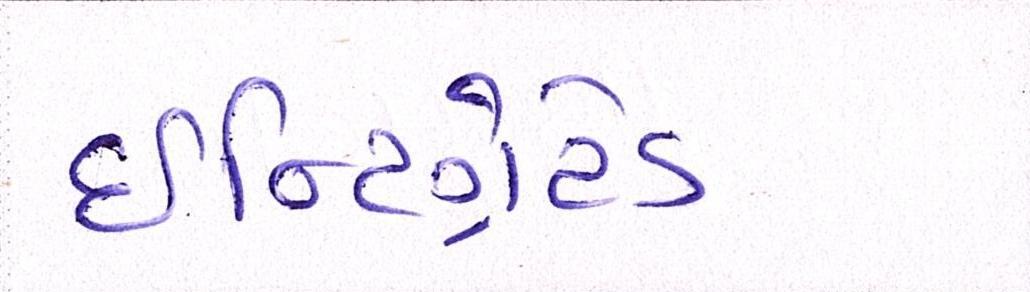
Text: ઇન્ટિગ્રેટેડ